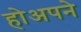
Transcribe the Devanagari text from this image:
होअपने